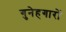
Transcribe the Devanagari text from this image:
गुनेहगारों